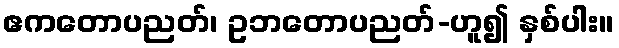
ဧကတောပညတ်၊ ဥဘတောပညတ်-ဟူ၍ နှစ်ပါး။